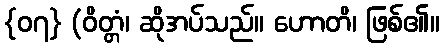
{၀၇} (ဝိတ္တံ၊ ဆိုအပ်သည်။ ဟောတိ၊ ဖြစ်၏။